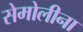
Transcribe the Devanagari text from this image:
सेमोलीना